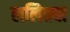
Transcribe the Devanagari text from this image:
ललितचा